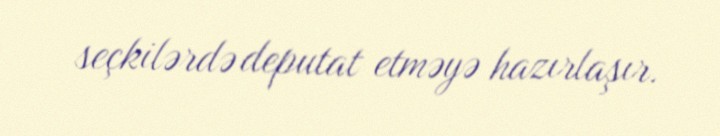
seçkilərdə deputat etməyə hazırlaşır.